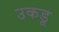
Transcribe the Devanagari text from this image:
उकडू